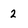
Character: 2